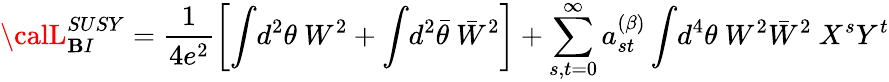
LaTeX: {\calL}_{{\mathbf{B}I}}^{{SUSY}}=\frac{{1}}{{4e^{2}}}\left[\int\! d^{2}\theta~W^{2}+\int\! d^{2}\bar{{\theta}}~\bar{{W}}^{2}\right]+\sum_{s,t=0}^{\infty}a_{st}^{(\beta)}\int\! d^{4}\theta~W^{2}\bar{{W}}^{2}~X^{s}Y^{t}